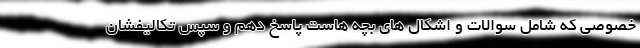
خصوصی که شامل سوالات و اشکال های بچه هاست پاسخ دهم و سپس تکالیفشان